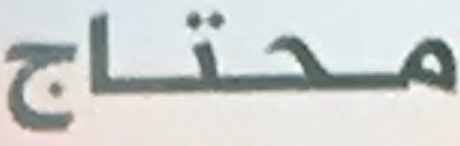
محتاج